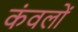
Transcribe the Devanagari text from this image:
कंवलों